Calcutta medical institutions reports 1879-81 [i.e.91]
Year: 1879
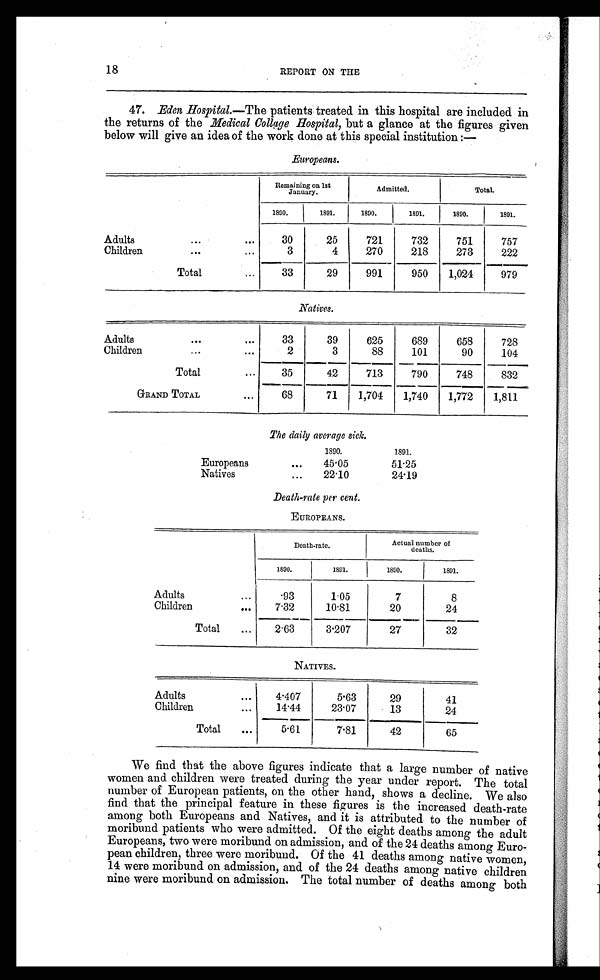
18
REPORT ON THE
47. Eden Hospital.—The patients treated in this hospital are included in
the returns of the Medical Collage Hospital, but a glance at the figures given
below will give an idea of the work done at this special institution :—
Europeans.
Remaining on 1st
January.
Admitted.
Total.
1890.
1891.
1890.
1891.
1890.
1891.
Adults
...
...
30
25
721
732
751
757
Children
. . .
...
3
4
270
218
273
222
Total
. . .
33
29
991
950
1,024
979
Natives.
Adults
. . .
...
33
39
625
689
658
728
Children
...
. . .
2
3
88
101
90
104
Total
...
35
42
713
790
748
832
GRAND TOTAL
...
68
71
1,704
1,740
1,772
1,811
The daily average sick.
1890.
1891.
Europeans
...
45.05
51.25
Natives
...
22.10
24.19
Death-rate per cent.
EUROPEANS.
Death rate.
Actual number of
deaths.
1890.
1891.
1890.
1891.
Adults
...
.93
1.05
7
8
Children
...
7.32
10.81
20
24
Total
. . .
2.63
3.207
27
32
NATIVES.
Adults
...
4.407
5.63
29
41
Children
...
1 4 . 4 4
23.07
13
24
Total
...
5.61
7.81
42
65
We find that the above figures indicate that a large number of native
women and children were treated during the year under report. The total
number of European patients, on the other hand, shows a decline. We also
find that the principal feature in these figures is the increased death-rate
among both Europeans and Natives, and it is attributed to the number of
moribund patients who were admitted. Of the eight deaths among the adult
Europeans, two were moribund on admission, and of the 24 deaths among Euro-
pean children, three were moribund. Of the 41 deaths among native women,
14 were moribund on admission, and of the 24 deaths among native children
nine were moribund on admission. The total number of deaths among both